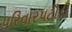
પરિવારપટૌડી